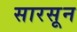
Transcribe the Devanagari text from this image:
सारसून